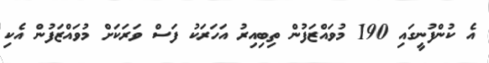
އެ ކުންފުނީގައި 190 މުވައްޒަފުން ތިބިއިރު އަހަރަކު ފަސް ވަރަކަށް މުވައްޒަފުން އެކި